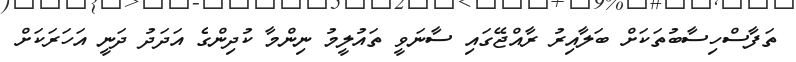
ތަފާސްހިސާބުތަކަށް ބަލާއިރު ރާއްޖޭގައި ސާނަވީ ތައުލީމު ނިންމާ ކުދިންގެ އަދަދު ދަނީ އަހަރަކަށް